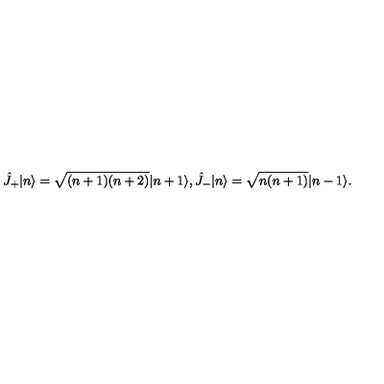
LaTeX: \hat { J } _ { + } | n \rangle = \sqrt { ( n + 1 ) ( n + 2 ) } | n + 1 \rangle , \hat { J } _ { - } | n \rangle = \sqrt { n ( n + 1 ) } | n - 1 \rangle .